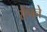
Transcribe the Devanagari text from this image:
सैंपने